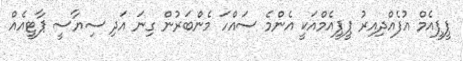
ޕީޕީއެމް އުފެއްދިއިރު ޕީޕީއެމްއަކީ އެންމެ ސައްހަ މެންބަރުން ގިނަ އަދި ސިޔާސީ ޕާޓީއެއް